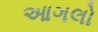
આગલો